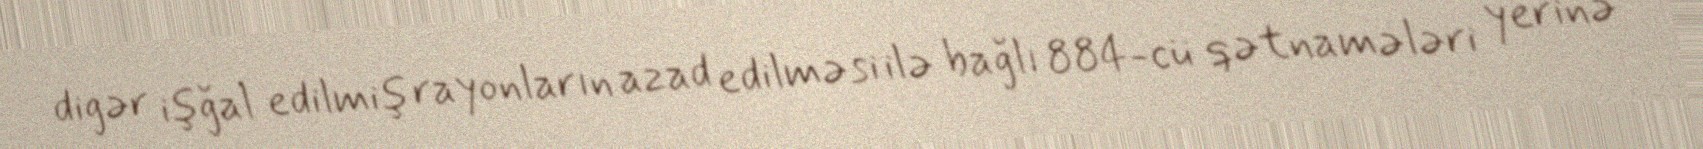
digər işğal edilmiş rayonların azad edilməsi ilə bağlı 884-cü qətnamələri yerinə